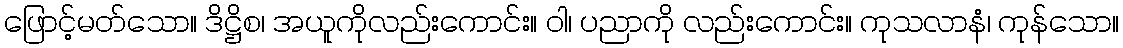
ဖြောင့်မတ်သော။ ဒိဋ္ဌိစ၊ အယူကိုလည်းကောင်း။ ဝါ၊ ပညာကို လည်းကောင်း။ ကုသလာနံ၊ ကုန်သော။